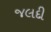
જલદી